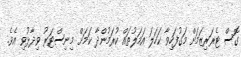
ގޮސް ޓެރަރިޒަމަށް މަގުފަހިވާ ކަހަލަ އަމަލުތައް ކުރަމުންދާ ކަމަށް މިނިސްޓަރު ވިދާޅުވި އެވެ.